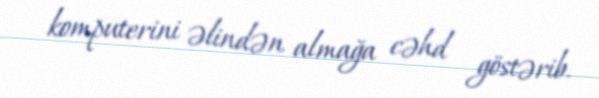
komputerini əlindən almağa cəhd göstərib.